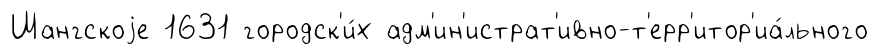
Шангскоjе 1631 городск'и́х адм'ин'истрат'ивно-т'ерр'итор'иа́льного